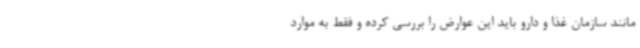
مانند سازمان غذا و دارو باید این عوارض را بررسی کرده و فقط به موارد